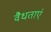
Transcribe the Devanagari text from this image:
वैधताएं